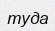
туда